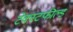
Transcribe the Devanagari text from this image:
टेक्स्टफील्ड